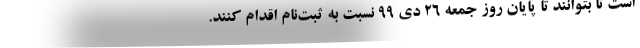
است تا بتوانند تا پایان روز جمعه ۲۶ دی ۹۹ نسبت به ثبت‌نام اقدام کنند.